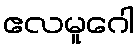
ဧလမူဂေါ